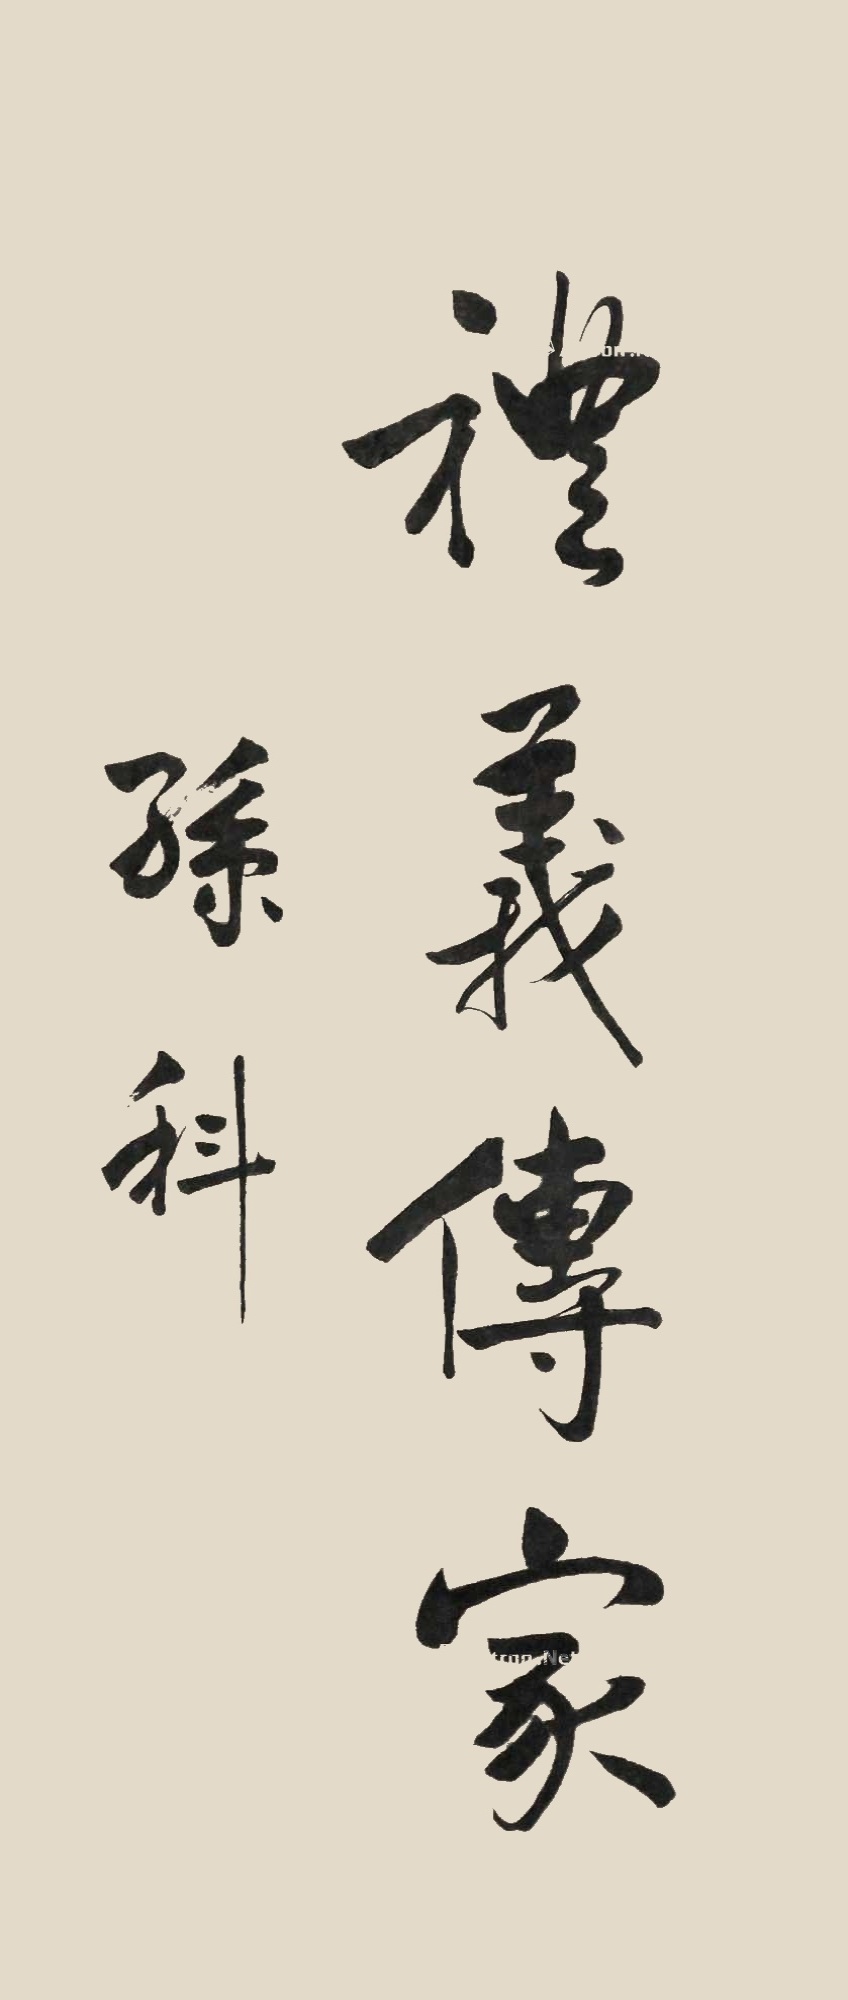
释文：礼义传家孙科